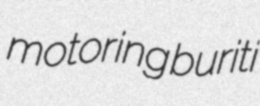
motoring buriti